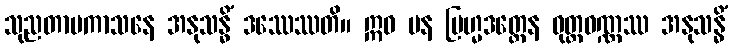
သုညတာပကာသနေ အနုသန္ဓိံ ဒဿေဿတိ။ ဣဓ ပန ဗြဟ္မဒတ္တေန ဝုတ္တဝဏ္ဏဿ အနုသန္ဓိံ